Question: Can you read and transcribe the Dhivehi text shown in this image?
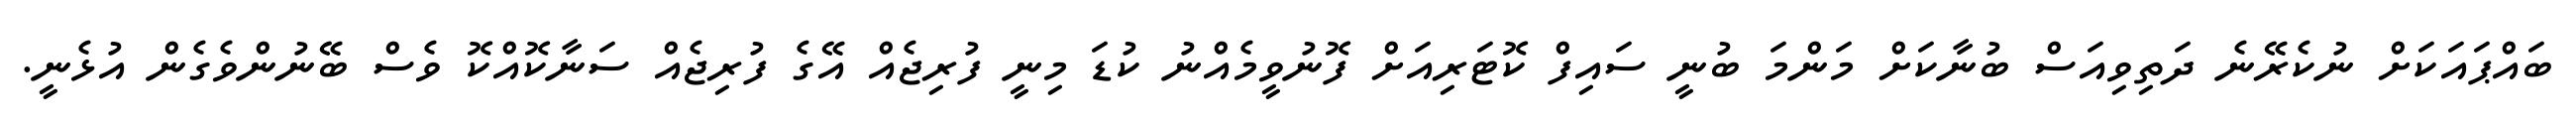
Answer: ބައްޕައަކަށް ނުކެރޭނެ ދަތިވިއަސް ބުނާކަށް މަންމަ ބުނީ ސައިފް ކޮޓަރިއަށް ފޮނުވީމެއްނު ކުޑަ މިނީ ފުރިޖެއް އޭގެ ފުރިޖެއް ސަނާކޮއްކޮ ވެސް ބޭނުންވެގެން އުޅެނީ.